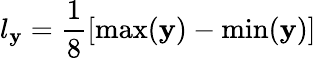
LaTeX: l_{\mathbf{y}}=\frac{{1}}{{8}}\left[\operatorname*{max}(\mathbf{y})-\operatorname*{min}(\mathbf{y})\right]